Sketch of the medical history of the native army of Bombay, for the year
Year: 1872
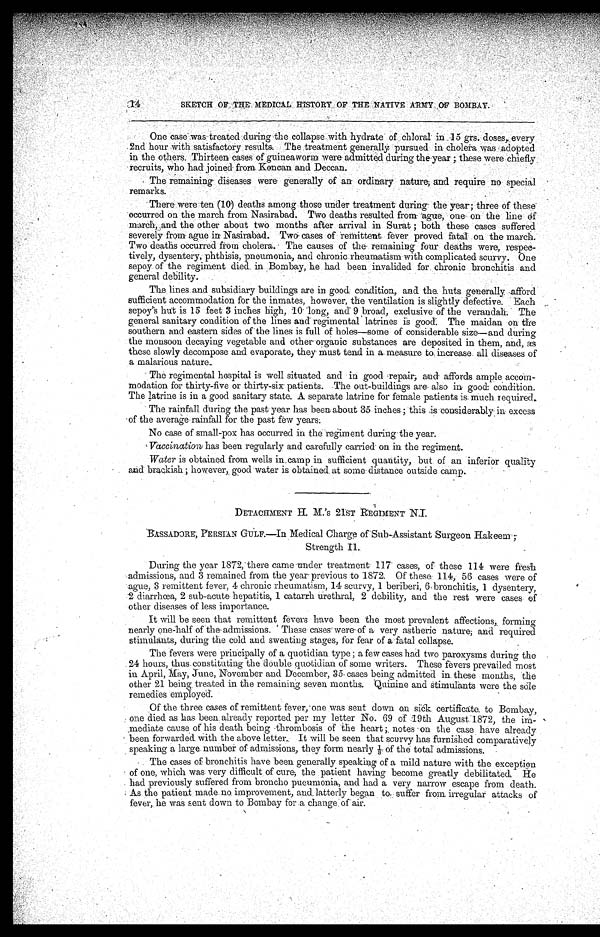
14
-:SKETCH ,:033',44E-; ,11EMAL' HISTORY OF TIlE w1lliTti:E'ASKTAW•:B01404Y.!.
.
.
.
.
. .
.
. : .
.
, •
One •Case. ',waS-treated-nuring-the collapse with hydrate" of:ehloral in..15
doses,. every
.2nd. hour With..satisfactory results. .. :..The treatment generally pursued in cholera was .,...adopted •:,
in the others Thirteen'
of gnineaworin were admitted during the .yea.r ;, these.were
-recruits, who had joined- from. Keno= and Deccan.
• .
• ' ,
• a
' -'•
•• The remaining- diseases were
o
. generally of an ordinary nature; an 'require
reqUie. ' no- special
,
remarks.
•
.
.
There were ten (10) deaths among: those under treatment- during . the year‘; three of these
-occurred on the march from Nasirabad. Two deaths resulted from Ague, one on' the line- df
marChaand the other about two months after arrival in Surat ; both these 'cases suffered ,r•
severely from. ague in Nasirabad. Two. cases of 'remittent fever proved fatal , on the march.'
Two deaths occurred from cholera.' The causes of the . remaining four deaths were, respee-
tively, dysentery,.phthisis, pneumonia, and chronic rheumatism with complicated scurvy. One
sepoy of the regiment died in Bombay, he had been invalided for, chronic bronchitis and
general debility. .
The, lines and subsidiary buildings are in good. condition, and the, huts generally •afford
sufficient accommodation for the inmates, however, the ventilation is slightly defective. :Each
sepoy'S hut is 15 feet 3 inches high, 10 . 'long, and 9 broad, exclusive of the verandah:" The
general sanitary condition of the lines and regimental ' latrines is good. The maidan on the
southern and eastern sides ofthe lines is full of holes—some of considerable size—and during
the monsoon decaying vegetable and other organic substances are deposited in them, and, as
these slowly decompose and evaporate, they must tend in a. measure to, increase, all diseases of
a malarious nature.,
The e,
reoimental hospital is well situated and in good ,repair; d affords ample , accom-
modation for thirty-five or thirty-six patients. -The out-buildings are also in good condition.
The latrine is in a good sanitary state. A separate latrine for female patients is much required.
The rainfall during the past year has been: about 35 inches ; 'this 'is considerably, in excess
.of the average , rainfall for the past few years:
No case of small-pox has occurred in the regiment during'the year.
'Vaccination, has been regularly and carefully carried' on in the regiment. -
Water is obtained from wells in camp in sufficient quantity, but of an inferior quality
acid' brackish; however,, good water is obtained at some' distance outside camp.
DETACHMENT H. M.'s 21sT REGIMENT NJ.
•
.RASSADORE, PERSIAN auLF.—In Medical Charge of'Sub-Assistant Surgeon Hakeem ;-
Strenoth 11.
During the year 1872:there came .under treatment 117. cases, of these 114 were fresh
admissions; and 3 remained from the year previous to 1872. Of these 114, 56 cases were of
b
aome, 8 remittent fever, 4 chronic rheumatism, 14 scurvy, 1 beriberi, 6. bronchitis, 1 dysentery,
2diarrhoea, 2 sub-acute' hepatitis, 1 catarrh urethral, 2 debility, and the rest were cases of
other diseases of less importance.
It will be seen that remittent fevers have been 'the most prevalent affections, , forming
nearly one-half of the . admissions. These cases' were' of a very astheric nature; and required
stimulants, during the cold and sweating stages, for fear of a fatal collapse.
The fevers were principally of a quotidian type; a few cases had two paroxysms during the
24 hours, thus constituting the double quotidian of some writers. These fevers prevailed most
in April, May, June, November and December, 35. cases being admitted in these months, the
other 21 being, treated in the remaining seven months. Quinine and Stimulants were the sole
remedies en.qloyed.
Of the three cases of remittent fever,' one was sent down on siOk. certificate. to Bombay,
one died as has been already reported per my letter No. 69 of 19 th August 1872, the im-
mediate cause of his death being -thrombosis of the heart r notes -on the case have already
been forwarded with the above letter.. It -will be seen that scurvy has furnished comparatively
speaking a large number of admissions, they form nearly of the total' admissions.
The cases of bronchitis have been generally speaking of a mild nature with the exception
of one, which was very difficult of cure, the patient having become greatly debilitated: He
had previously suffered from broncho pneumonia, and had a very narrow escape from death.
As the patient made no improvement, and.latterly began to,: suffer from irregular attacks of
fever, he was sent down to Bombay fora change of air.